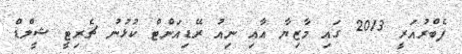
ފެބްރުއަރީ 2013 ގައި މާޒިޔާ އާއި ނިއު ރޭޑިއަންޓް ކުޅުނު ޗެރިޓީ ޝީލްޑް